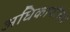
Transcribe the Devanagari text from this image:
अधिकार्यांच्या